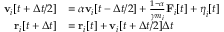
\begin{array} { r l } { \mathbf { v } _ { i } [ t + \Delta t / 2 ] } & { = \alpha \mathbf { v } _ { i } [ t - \Delta t / 2 ] + \frac { 1 - \alpha } { \gamma m _ { i } } \mathbf { F } _ { i } [ t ] + \boldsymbol { \eta } _ { i } [ t ] } \\ { \mathbf { r } _ { i } [ t + \Delta t ] } & { = \mathbf { r } _ { i } [ t ] + \mathbf { v } _ { i } [ t + \Delta t / 2 ] \Delta t } \end{array}